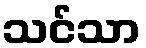
သင်သာ